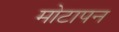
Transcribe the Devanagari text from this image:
मोटापन